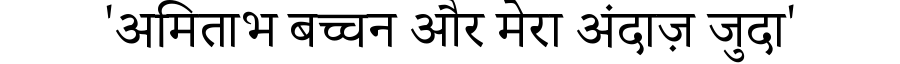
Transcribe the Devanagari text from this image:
'अमिताभ बच्चन और मेरा अंदाज़ जुदा'